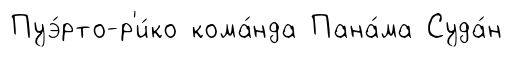
Пуэ́рто-р'и́ко кома́нда Пана́ма Суда́н